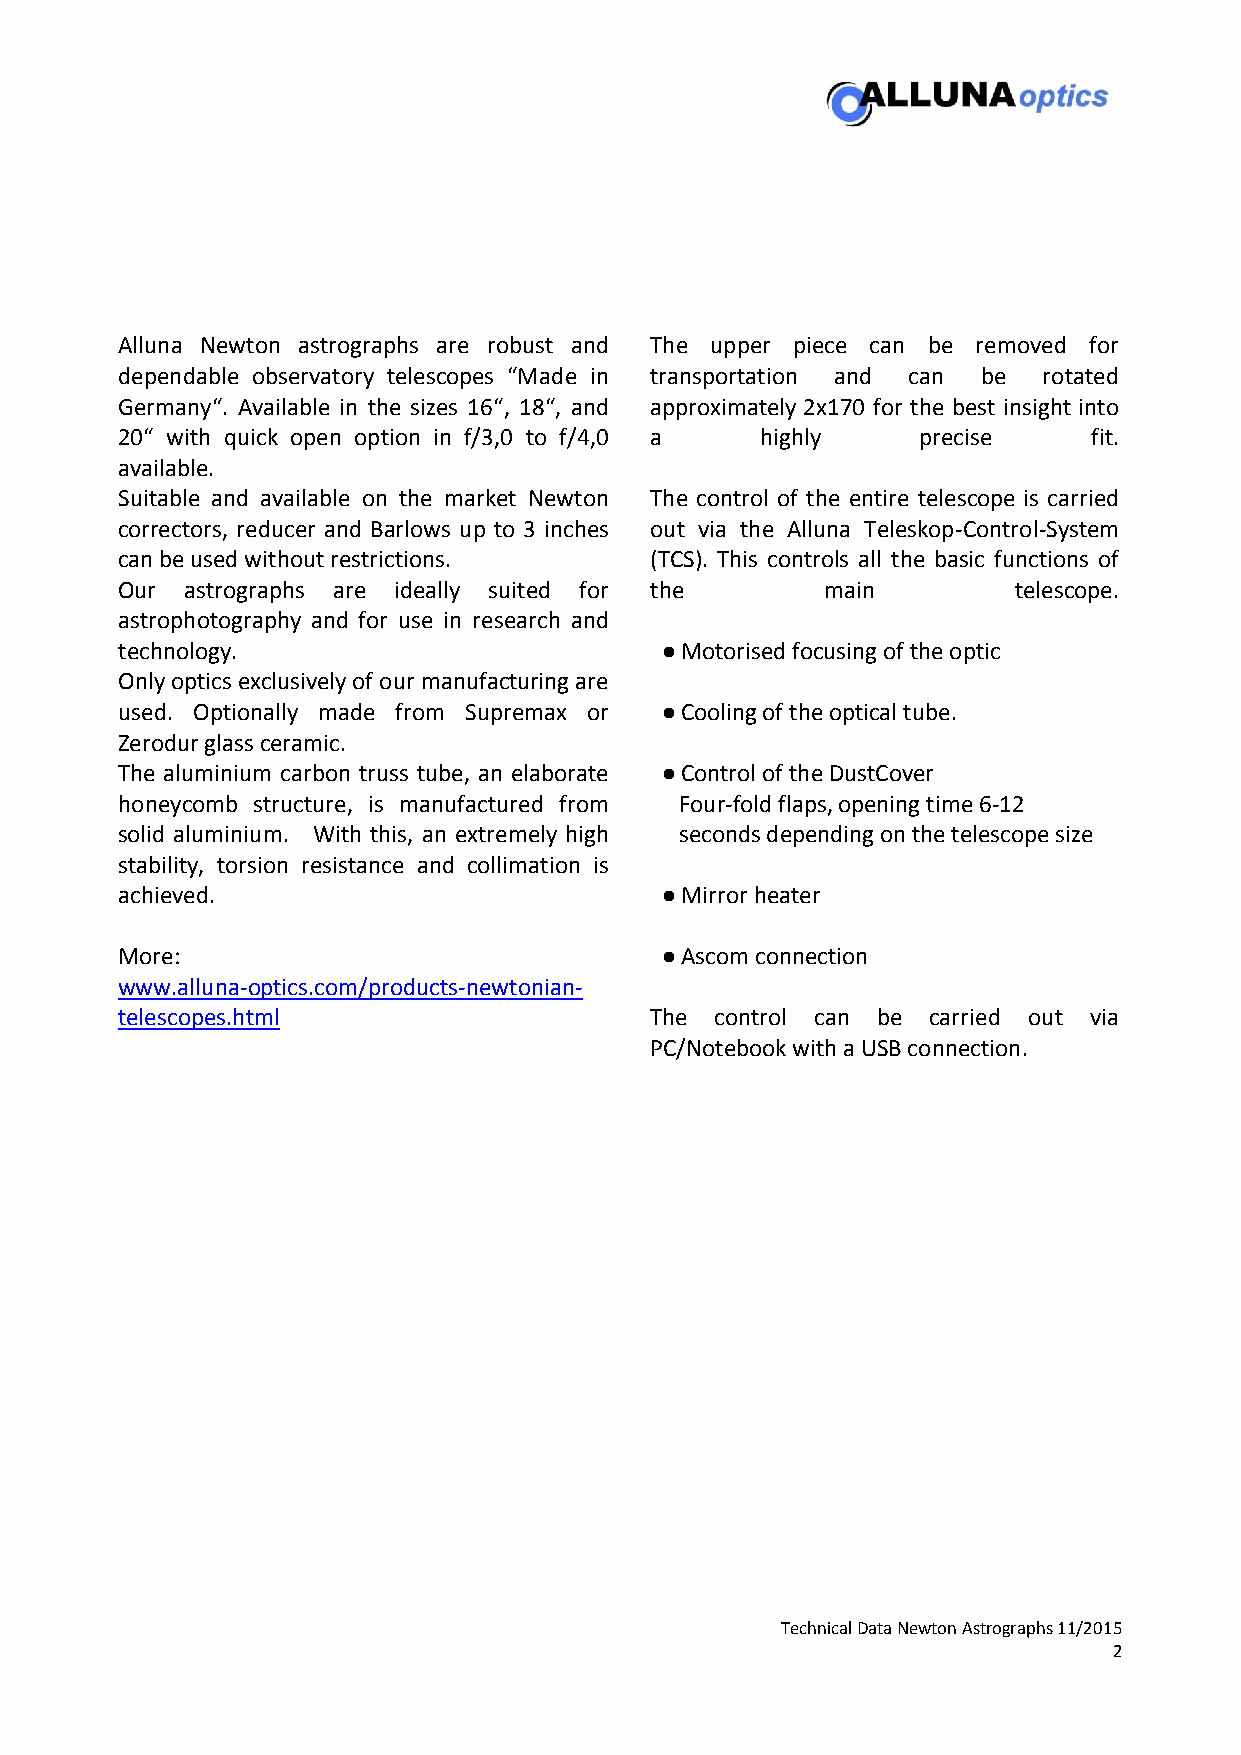
Alluna Newton astrographs are robust and The upper piece can be removed for
 dependable observatory telescopes “Made in transportation and can be rotated
 Germany“. Available in the sizes 16“, 18“, and approximately 2x170 for the best insight into
 20“ with quick open option in f/3,0 to f/4,0 a highly precise   fit.
 available.
 Suitable and available on the market Newton The control of the entire telescope is carried
 correctors, reducer and Barlows up to 3 inches out via the Alluna Teleskop-Control-System
 can be used without restrictions.  (TCS). This controls all the basic functions of
 Our astrographs are ideally suited for the     main        telescope.
 astrophotography and for use in research and
 technology.                          Motorised focusing of the optic
 Only optics exclusively of our manufacturing are
 used. Optionally made from Supremax or  Cooling of the optical tube.
 Zerodur glass ceramic.
 The aluminium carbon truss tube, an elaborate  Control of the DustCover
 honeycomb structure, is manufactured from Four-fold flaps, opening time 6-12
 solid aluminium. With this, an extremely high seconds depending on the telescope size
 stability, torsion resistance and collimation is
 achieved.                            Mirror heater
 More:                                Ascom connection
 www.alluna-optics.com/products-newtonian-
 telescopes.html                    The control can be carried out via
 PC/Notebook with a USB connection.
 Technical Data Newton Astrographs 11/2015
 2